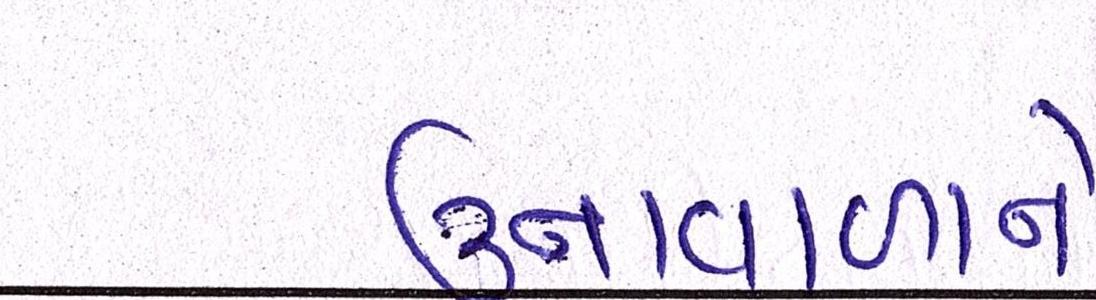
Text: ઉનાવાળાને